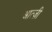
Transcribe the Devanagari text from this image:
आत्ज़ी